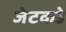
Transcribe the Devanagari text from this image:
जेटकडे